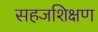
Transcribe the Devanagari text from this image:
सहजशिक्षण